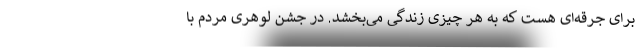
برای جرقه‌ای هست که به هر چیزی زندگی می‌بخشد. در جشن لوهری مردم با